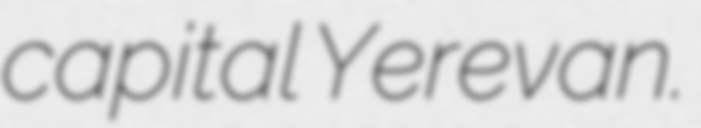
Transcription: capital Yerevan.